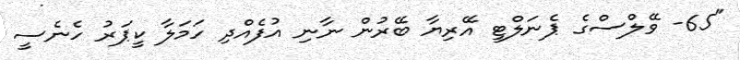
"65- ވޭލްސްގެ ޕެނަލްޓީ އޭރިޔާ ބޭރުން ނާނި އުފެއްދި ހަމަލާ ކީޕަރު ހެނެސީ